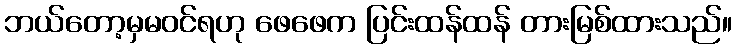
ဘယ်တော့မှမဝင်ရဟု ဖေဖေက ပြင်းထန်ထန် တားမြစ်ထားသည်။